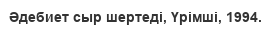
Әдебиет сыр шертеді, Үрімші, 1994.